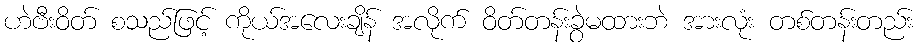
ဟဲဗီးဝိတ် စသည်ဖြင့် ကိုယ်အလေးချိန် အလိုက် ဝိတ်တန်းခွဲမထားဘဲ အားလုံး တစ်တန်းတည်း